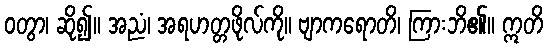
ဝတွာ၊ ဆို၍။ အညံ၊ အရဟတ္တဖိုလ်ကို။ ဗျာကရောတိ၊ ကြားဘိ၏။ ဣတိ